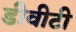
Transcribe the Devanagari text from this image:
डीवीटी